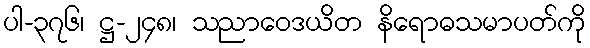
ပါ-၃၇၆၊ ဋ္ဌ-၂၄၈၊ သညာဝေဒယိတ နိရောဓသမာပတ်ကို